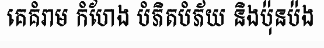
គេគំរាម កំហែង បំភិតបំភ័យ និងប៉ុនប៉ង